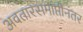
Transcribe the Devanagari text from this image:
अवतारसमाप्तीनंतर